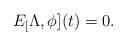
LaTeX: \begin{align*}E_[\Lambda,\phi](t)=0.\end{align*}